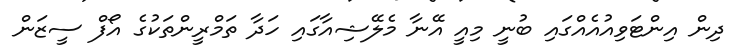
ދިން އިންޓަވިއުއެއްގައި ބުނީ މިއީ އޭނާ މެލޭޝިއާގައި ހަދާ ތަމްރީންތަކުގެ އޯފް ސީޒަން